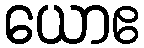
ယောဧ